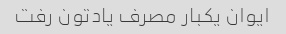
ایوان یکبار مصرف یادتون رفت